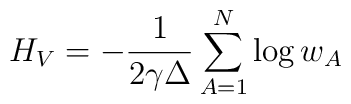
H_{V} = - \frac{1}{2\gamma \Delta} \sum_{A=1}^{N} \log w_{A}